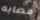
مصابه